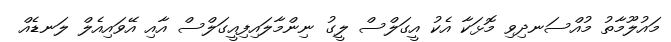
މައުލޫމާތު މުއްސަނދިވި މޮޅަކާ އެކު އީގަލްސް ލީގު ނިންމާލައިފިއީގަލްސް އާއި އޭވައިއެލް ލަނޑެއް